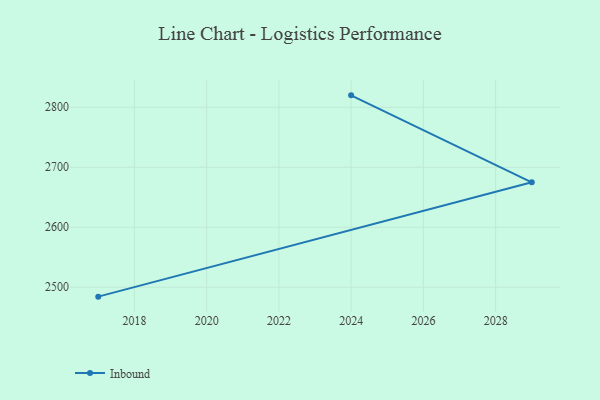
{"axis": {"x": "Year", "y": "Gross Profit (USD K)"}, "legend": ["Inbound"], "data": [{"x": "2017", "y": 2484.3, "type": "Inbound"}, {"x": "2029", "y": 2674.9, "type": "Inbound"}, {"x": "2024", "y": 2819.9, "type": "Inbound"}]}